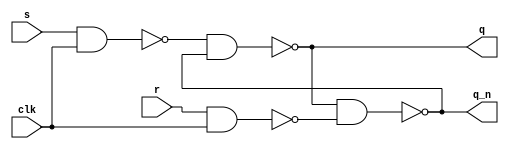
// ---------------------------------------------------------
//  SR Latch based DFF Design
// lecture: practice in digital logic design
// week3 assignment P1
// --------------------- list ---------------------
// A1 : SR Latch based DFF Design (Gate Level Description)
// ---------------------------------------------------------

// ------------------------------------------------------
// A1 : SR Latch based DFF Design (Gate Level Description)
// ------------------------------------------------------
module sr_slave (	q, q_n, s, r, clk	)	;

output	q	;
output	q_n	;
input	s	;
input	r	;
input	clk	;

wire	node1	;
wire	node2	;

nand	NAND_1(	node1, s, clk	)	;	// node1
nand	NAND_2(	node2, r, clk	)	;	// node2
nand	NAND_3( q, node1, q_n	)	;	// q
nand	NAND_4(	q_n, q, node2	)	;	// q_n

endmodule

module master_dff (	s, r, d, clk		)	;

output	s	;
output	r	;
input	d	;
input	clk	;

wire	d_n	;

not 		NOT_1		(	d_n, d	)	;
sr_slave	sr_1	(	s, r, d, d_n, clk	)	;

endmodule

module dff_sr(	q, q_n, d, clk	)	;	// "negative" edge triggerd d flip flop

output	q	;
output	q_n	;
input	d	;
input	clk	;

wire	node1	;
wire	node2	;
wire	clk_n	;

not	NOT_1	(	clk_n, clk		)	;
master_dff	dff_1	(	node1, node2, d, clk	)	;
sr_slave	sr_1	(	q, q_n, node1, node2, clk_n	);

endmodule